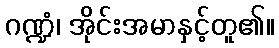
ဂဏ္ဍံ၊ အိုင်းအမာနှင့်တူ၏။